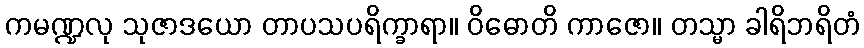
ကမဏ္ဍလု သုဇာဒယော တာပသပရိက္ခာရာ။ ဝိဓောတိ ကာဇော။ တသ္မာ ခါရိဘရိတံ